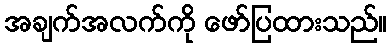
အချက်အလက်ကို ဖော်ပြထားသည်။